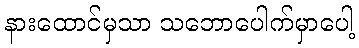
နားထောင်မှသာ သဘောပေါက်မှာပေါ့